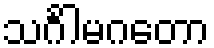
သင်္ဂါမဂတော